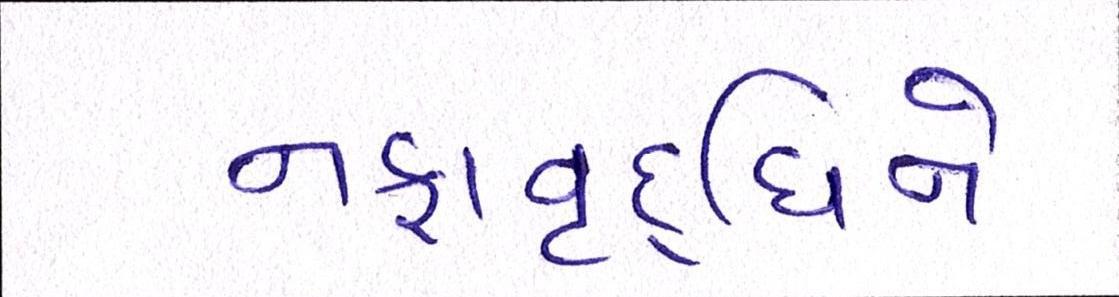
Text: નફાવૃદ્ધિને